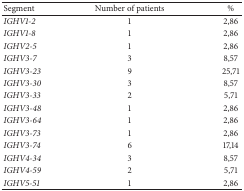
| Segment | Number of patients | % |
 | --- | --- | --- |
 | IGHV1-2 | 1 | 2,86 |
 | IGHV1-8 | 1 | 2,86 |
 | IGHV2-5 | 1 | 2,86 |
 | IGHV3-7 | 3 | 8,57 |
 | IGHV3-23 | 9 | 25,71 |
 | IGHV3-30 | 3 | 8,57 |
 | IGHV3-33 | 2 | 5,71 |
 | IGHV3-48 | 1 | 2,86 |
 | IGHV3-64 | 1 | 2,86 |
 | IGHV3-73 | 1 | 2,86 |
 | IGHV3-74 | 6 | 17,14 |
 | IGHV4-34 | 3 | 8,57 |
 | IGHV4-59 | 2 | 5,71 |
 | IGHV5-51 | 1 | 2,86 |